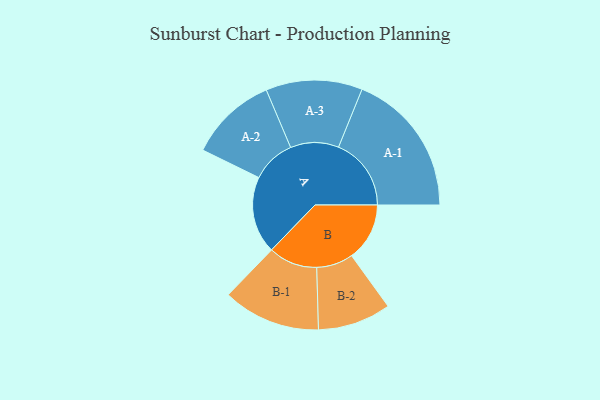
{"axis": {"x": "Segment", "y": "Value"}, "legend": ["", "A", "B"], "data": [{"x": "A", "y": 246, "type": ""}, {"x": "B", "y": 185, "type": ""}, {"x": "A-1", "y": 232, "type": "A"}, {"x": "A-2", "y": 140, "type": "A"}, {"x": "A-3", "y": 154, "type": "A"}, {"x": "B-1", "y": 156, "type": "B"}, {"x": "B-2", "y": 117, "type": "B"}]}